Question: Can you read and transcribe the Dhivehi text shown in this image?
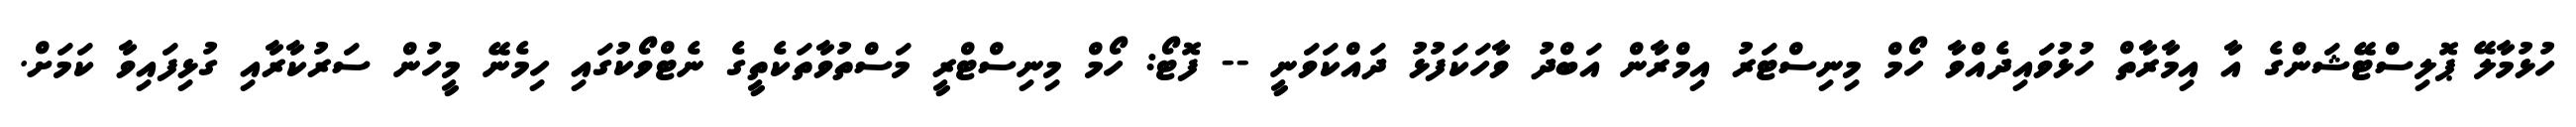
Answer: ހުޅުމާލޭ ޕޮލިސްޓޭޝަންގެ އާ އިމާރާތް ހުޅުވައިދެއްވާ ހޯމް މިނިސްޓަރު އިމްރާން އަބްދު ވާހަކަފުޅު ދައްކަވަނީ -- ފޮޓޯ: ހޯމް މިނިސްޓްރީ މަސްތުވާތަކެތީގެ ނެޓްވޯކުގައި ހިމެނޭ މީހުން ސަރުކާރާއި ގުޅިފައިވާ ކަމަށް.